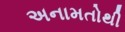
અનામતોથી